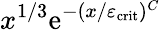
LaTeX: x^{1/3}\mathrm{e}^{-(x/\varepsilon_{\mathrm{crit}})^{C}}